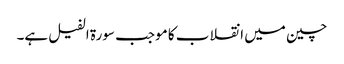
چین میں انقلاب کا موجب سورۃ الفیل ہے۔